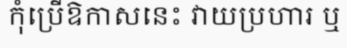
កុំប្រើឱកាសនេះ វាយប្រហារ ឬ